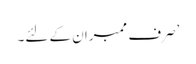
’صرف ممبران کے لئے۔